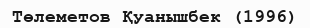
Төлеметов Қуанышбек (1996)